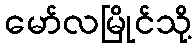
မော်လမြိုင်သို့